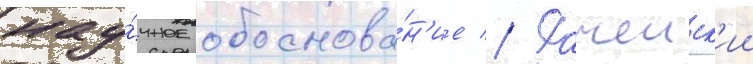
нау́чное обоснова́н'ие // Рачеиск'ии